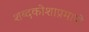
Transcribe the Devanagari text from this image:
शब्दकोशाप्रमाणे